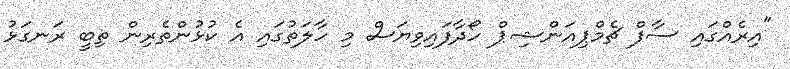
"އިރެއްގައި ސާފް ޗެމްޕިއަންޝިޕް ހޯދާފައިވިޔަސް މި ހާލަތުގައި އެ ކުޅުންތެރިން ތިބީ ރަނގަޅު